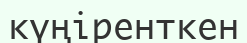
күңіренткен